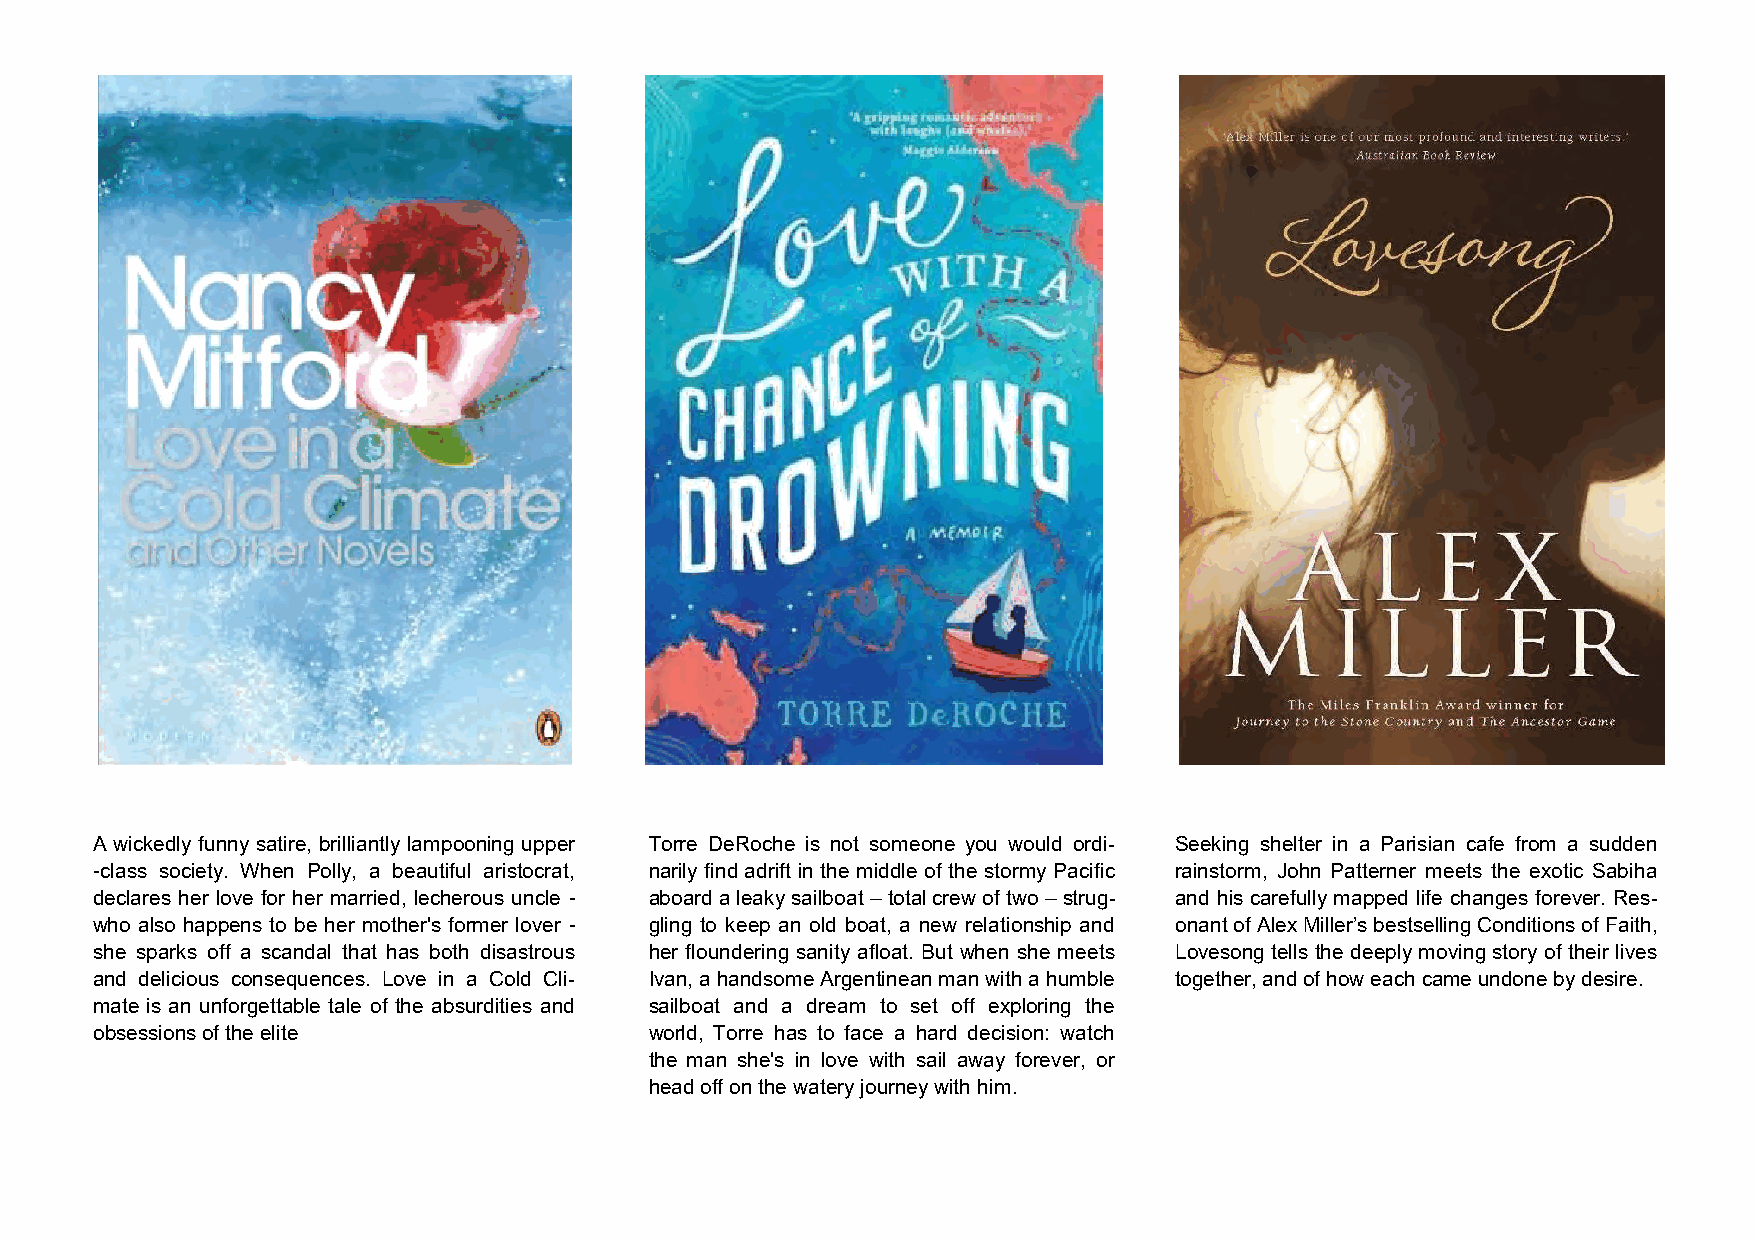
A wickedly funny satire, brilliantly lampooning upper Torre DeRoche is not someone you would ordi- Seeking shelter in a Parisian cafe from a sudden
 -class society. When Polly, a beautiful aristocrat, narily find adrift in the middle of the stormy Pacific rainstorm, John Patterner meets the exotic Sabiha
 declares her love for her married, lecherous uncle - aboard a leaky sailboat – total crew of two – strug- and his carefully mapped life changes forever. Res-
 who also happens to be her mother's former lover - gling to keep an old boat, a new relationship and onant of Alex Miller’s bestselling Conditions of Faith,
 she sparks off a scandal that has both disastrous her floundering sanity afloat. But when she meets Lovesong tells the deeply moving story of their lives
 and delicious consequences. Love in a Cold Cli- Ivan, a handsome Argentinean man with a humble together, and of how each came undone by desire.
 mate is an unforgettable tale of the absurdities and sailboat and a dream to set off exploring the
 obsessions of the elite              world, Torre has to face a hard decision: watch
 the man she's in love with sail away forever, or
 head off on the watery journey with him.